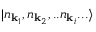
| n _ { { \mathbf { k } } _ { 1 } } , n _ { { \mathbf { k } } _ { 2 } } , . . n _ { { \mathbf { k } } _ { i } } . . . \rangle